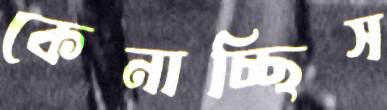
কেনাচ্ছিস